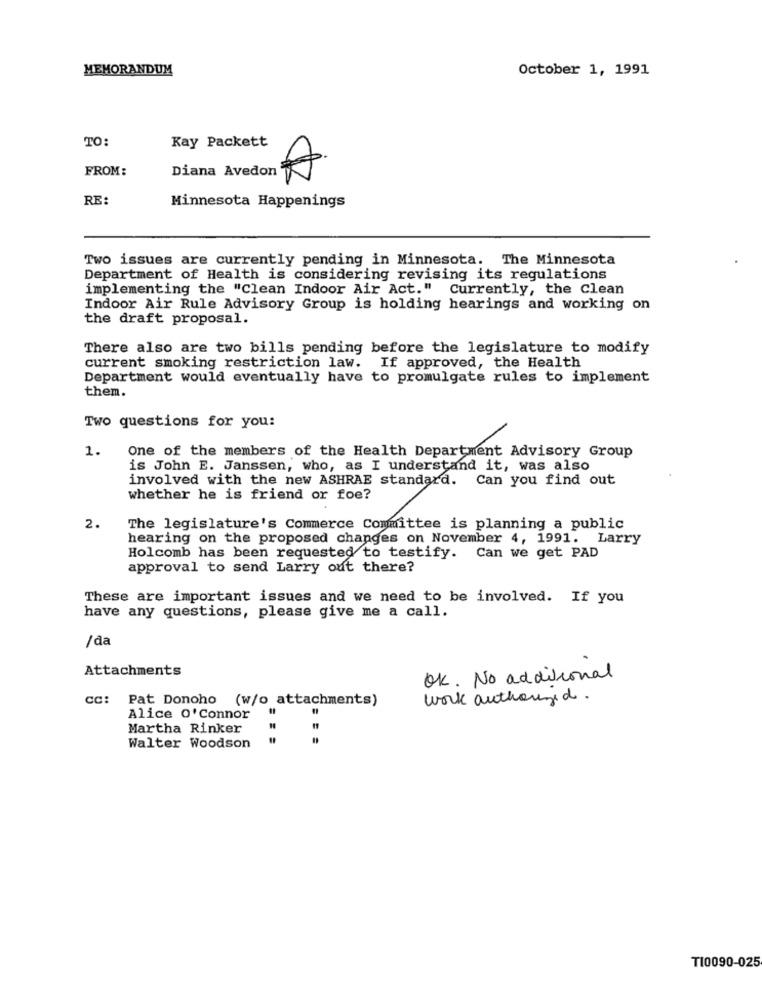
MEMORANDUM
October 1, 1991
TO:
Kay Packett
FROM:
Diana Avedon
RE:
Minnesota Happenings
Two issues are currently pending in Minnesota. The Minnesota
Department of Health is considering revising its regulations
implementing the "Clean Indoor Air Act." Currently, the Clean
Indoor Air Rule Advisory Group is holding hearings and working on
the draft proposal.
There also are two bills pending before the legislature to modify
current smoking restriction law. If approved, the Health
Department would eventually have to promulgate rules to implement
them.
Two questions for you:
1.
One of the members of the Health Department Advisory Group
is John E. Janssen, who, as I understand it, was also
involved with the new ASHRAE standard. Can you find out
whether he is friend or foe?
2.
The legislature's Commerce Committee is planning a public
hearing on the proposed changes on November 4, 1991. Larry
Holcomb has been requested to testify. Can we get PAD
approval to send Larry out there?
These are important issues and we need to be involved. If you
have any questions, please give me a call.
/da
Attachments
OK. No additional
cc: Pat Donoho (w/o attachments)
work authorized .
Alice O'Connor
Martha Rinker
Walter Woodson
T10090-025